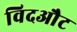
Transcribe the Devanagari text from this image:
विदऔट